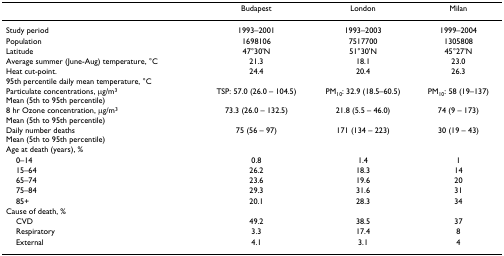
<table><thead><tr><td></td><td><b>Budapest</b></td><td><b>London</b></td><td><b>Milan</b></td></tr></thead><tbody><tr><td>Study period</td><td>1993–2001</td><td>1993–2003</td><td>1999–2004</td></tr><tr><td>Population</td><td>1698106</td><td>7517700</td><td>1305808</td></tr><tr><td>Latitude</td><td>47°30&#x27;N</td><td>51°30&#x27;N</td><td>45°27&#x27;N</td></tr><tr><td>Average summer (June-Aug) temperature, °C</td><td>21.3</td><td>18.1</td><td>23.0</td></tr><tr><td>Heat cut-point.95th percentile daily mean temperature, °C</td><td>24.4</td><td>20.4</td><td>26.3</td></tr><tr><td>Particulate concentrations, μg/m<sup>3</sup>Mean (5th to 95th percentile)</td><td>TSP: 57.0 (26.0 – 104.5)</td><td>PM<sub>10</sub>: 32.9 (18.5–60.5)</td><td>PM<sub>10</sub>: 58 (19–137)</td></tr><tr><td>8 hr Ozone concentration, μg/m<sup>3</sup>Mean (5th to 95th percentile)</td><td>73.3 (26.0 – 132.5)</td><td>21.8 (5.5 – 46.0)</td><td>74 (9 – 173)</td></tr><tr><td>Daily number deathsMean (5th to 95th percentile)</td><td>75 (56 – 97)</td><td>171 (134 – 223)</td><td>30 (19 – 43)</td></tr><tr><td>Age at death (years), %</td><td></td><td></td><td></td></tr><tr><td> 0–14</td><td>0.8</td><td>1.4</td><td>1</td></tr><tr><td> 15–64</td><td>26.2</td><td>18.3</td><td>14</td></tr><tr><td> 65–74</td><td>23.6</td><td>19.6</td><td>20</td></tr><tr><td> 75–84</td><td>29.3</td><td>31.6</td><td>31</td></tr><tr><td> 85+</td><td>20.1</td><td>28.3</td><td>34</td></tr><tr><td>Cause of death, %</td><td></td><td></td><td></td></tr><tr><td> CVD</td><td>49.2</td><td>38.5</td><td>37</td></tr><tr><td> Respiratory</td><td>3.3</td><td>17.4</td><td>8</td></tr><tr><td> External</td><td>4.1</td><td>3.1</td><td>4</td></tr></tbody></table>